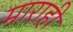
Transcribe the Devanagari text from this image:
माराही